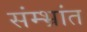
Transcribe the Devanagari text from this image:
संम्भ्रांत